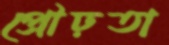
প্রৌঢ়তা